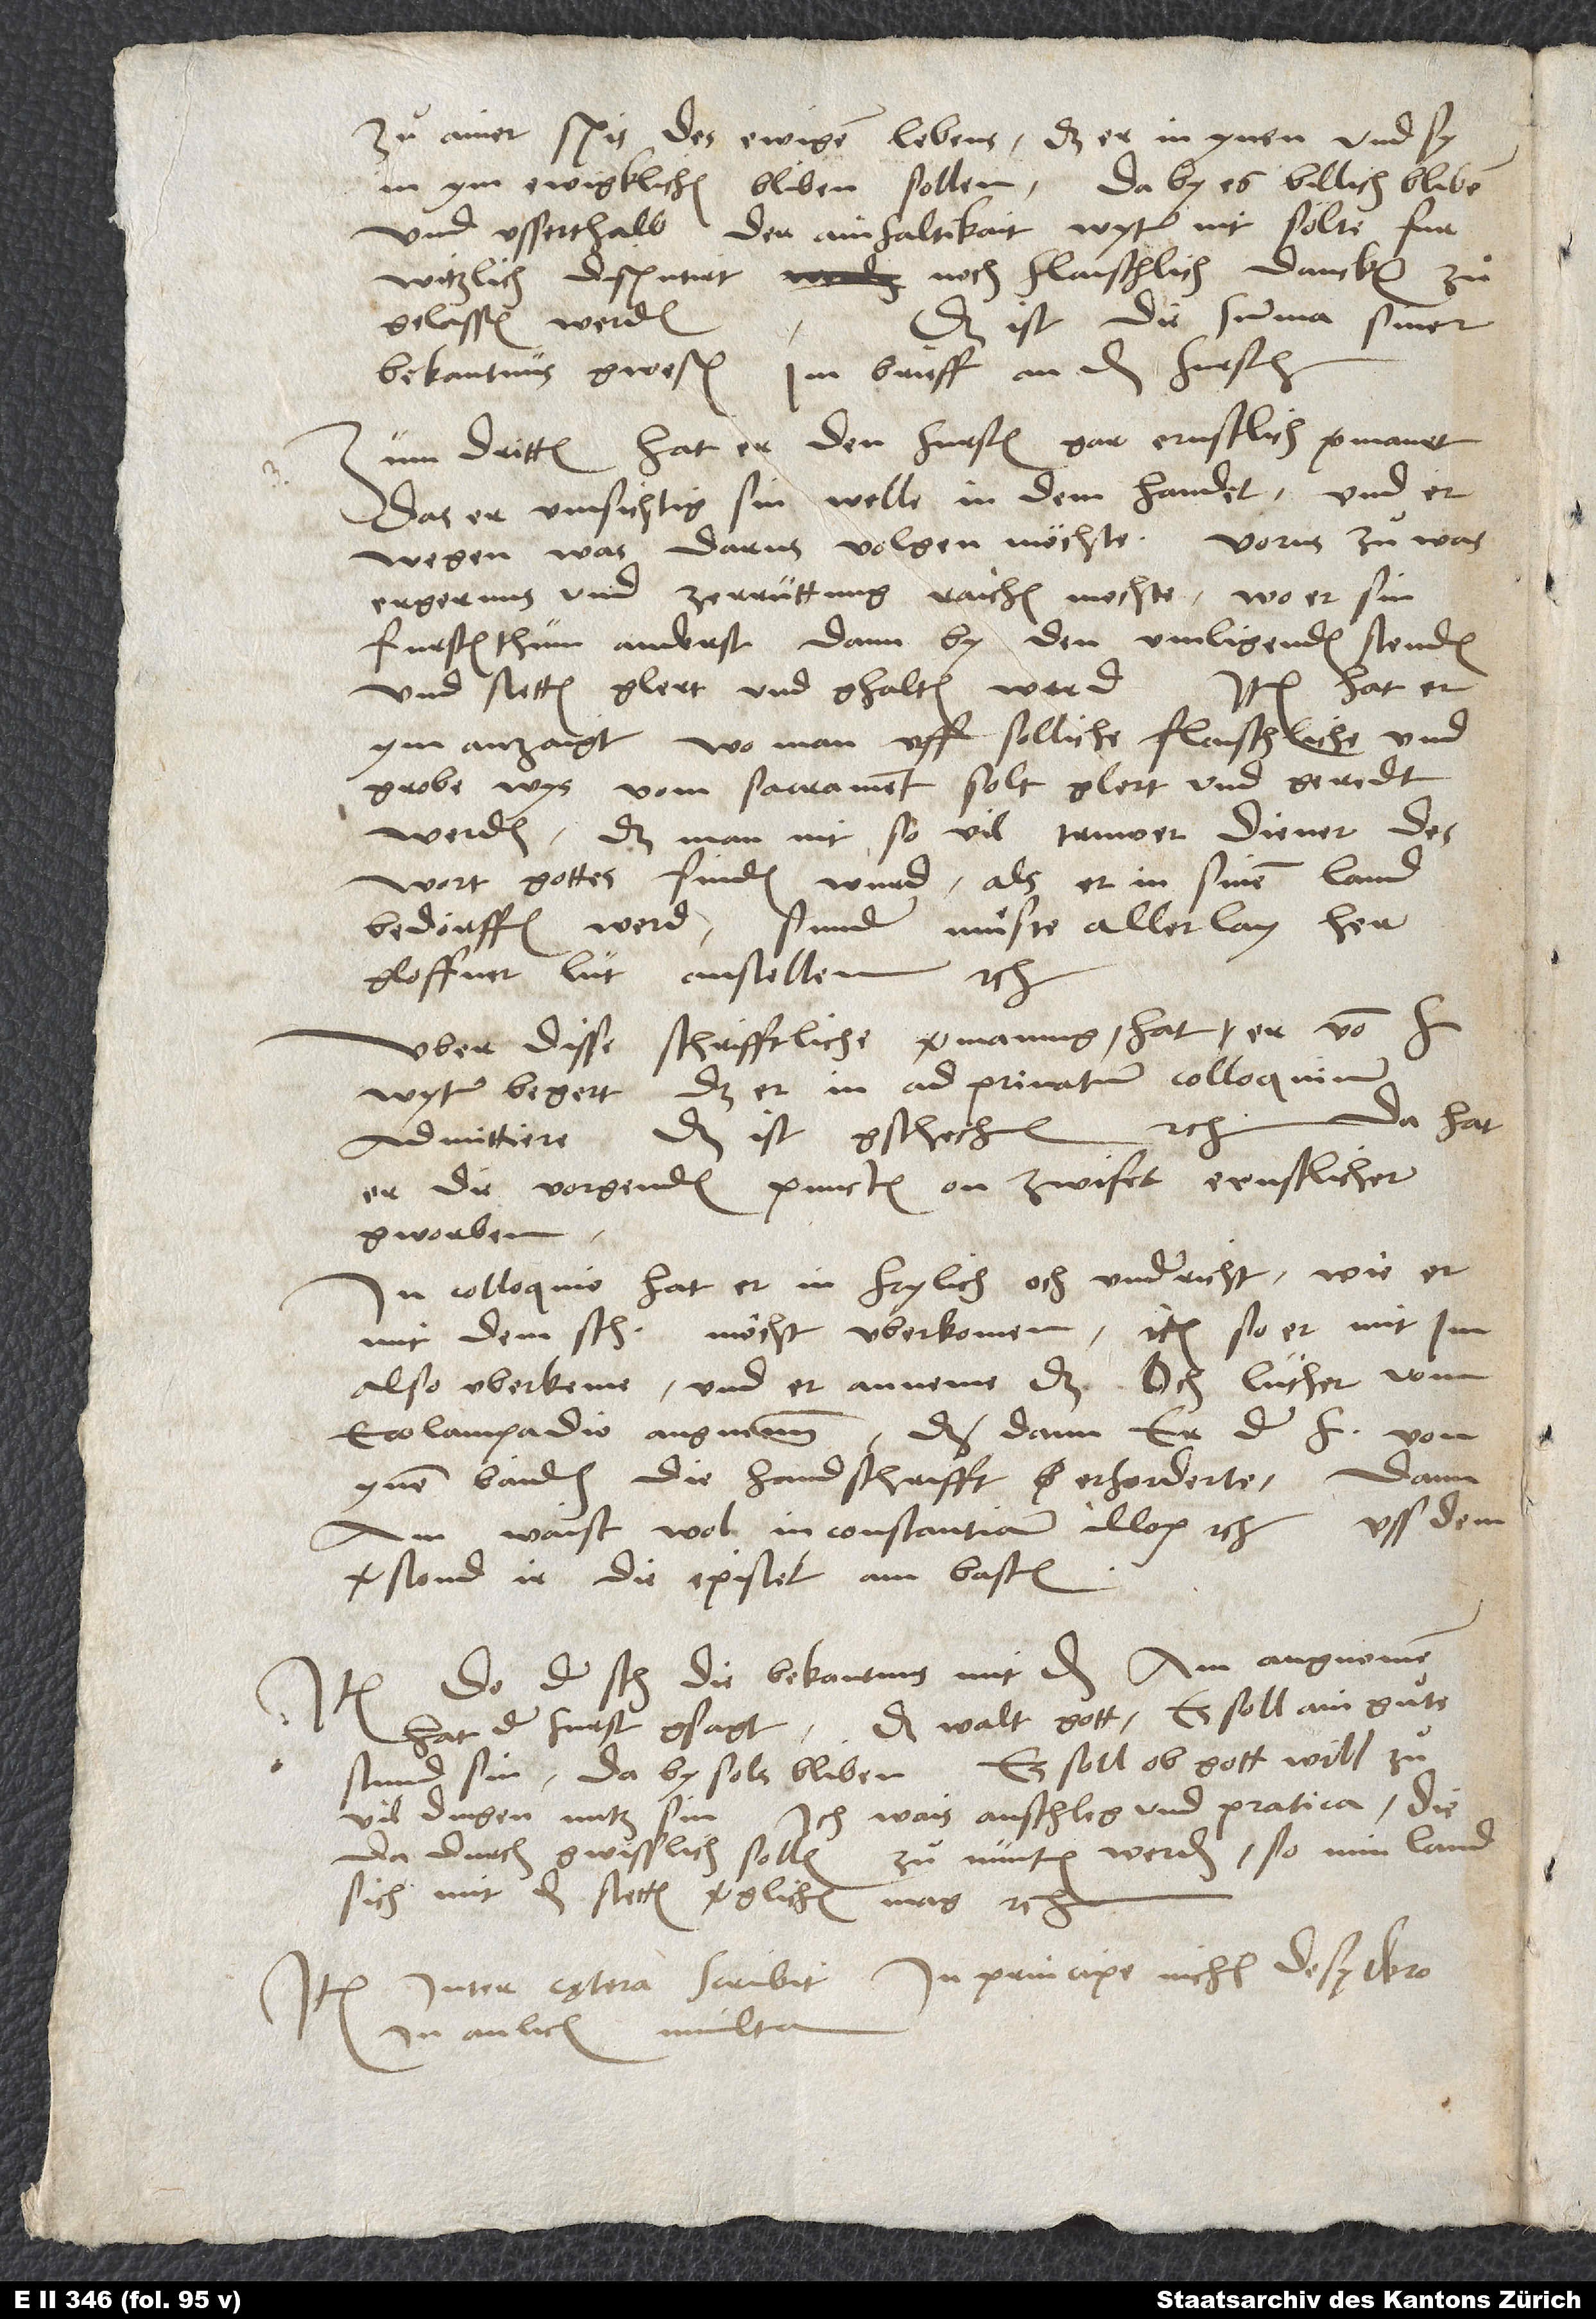
zuͦ ainer spis des ewigen lebens, das er in ynen und sy
in ym ewigklichen bliben sollen; daby es billich bliben
und usserthalb der ainfaltikait wyter nit sölte
noch flaischlich dancken
furwitzlich disputirt
Das ist die summa siner
zuͦgelassen werden.
bekantnus gwesen im brieff an den fursten.
Zum dritten hat er den fursten gar ernstlich vermanet,
das er umsichtig sin welle in dem handel und
erwegen, was darus volgen möchte, vorus zu was
ergernus und zerrüttung raichen möchte, wo er sin
furstenthüm anderst dann by den umligenden stenden
und stetten glert und ghalten werd. Item hat er
ym anzaigt, wo man uff solliche flaischliche und
grobe wys vom sacrament solt glert und geredt
werden, das man nit so vil truwer diener des
wort gottes finden wurd, als er in sinem land
bedörffen werd, sunder muͤste allerlay her
gloffner lüt anstellen etc.
«Das walt gott; es soll ain guͦte
hat der furst gsagt:
stund sin, daby sols bliben. Es soll, ob gott will, zuͦ
vil dingen nutz sin. Ich wais anschleg und pratica, die
dadurch gwisslich sollen zuͦ nünten werden, so min land
sich mit den stetten verglichen mag» etc.